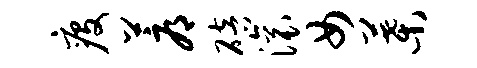
疫蓐碚滚女叶